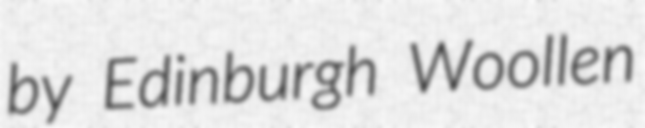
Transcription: by Edinburgh Woollen